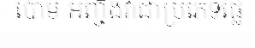
ប៉ោម អញ្ចឹងវាជាប្រភេទផ្លែ